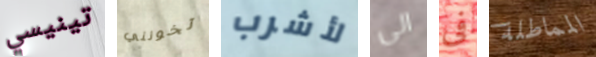
تينيسي تخونني لأشرب الى فى المماطلة